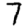
Digit: 7